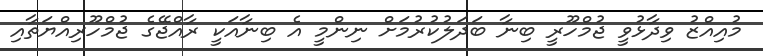
މުއިއްޒު ވިދާޅުވީ ޖުމްހޫރީ ބިނާ ބަދަލުކުރުމަށް ނިންމީ އެ ބިނާއަކީ ރާއްޖޭގެ ޖުމްހޫރިއްޔަތާއި